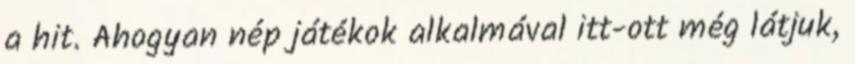
a hit. Ahogyan nép játékok alkalmával itt-ott még látjuk,